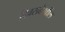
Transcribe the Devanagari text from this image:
दिवसदेखील